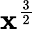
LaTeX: \mathbf{x}^{\frac{{3}}{{2}}}